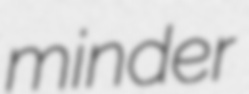
minder